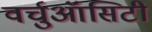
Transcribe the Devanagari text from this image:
वर्चुऑसिटी